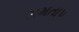
સમતાપ